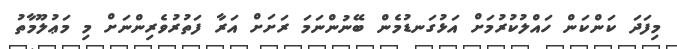
މިފަދަ ކަންކަން ހައްލުކުރުމަށް އަޅުގަނޑުމެން ބޭނުންނަމަ ރަށަށް އަރާ ފަތުރުވެރިންނަށް މި މަޢުލޫމާތު